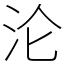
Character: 沦